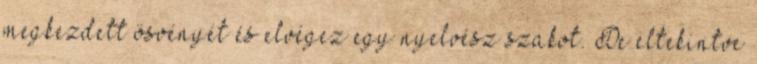
megkezdett ösvényét és elvégez egy nyelvész szakot. De eltekintve